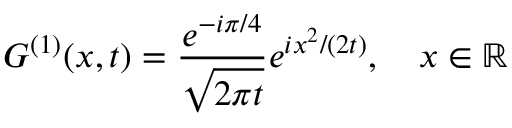
G ^ { ( 1 ) } ( x , t ) = \frac { e ^ { - i \pi / 4 } } { \sqrt { 2 \pi t } } e ^ { i x ^ { 2 } / ( 2 t ) } , \quad x \in \mathbb { R }